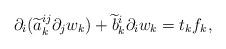
LaTeX: \begin{align*}\partial_i(\widetilde a_k^{ij}\partial_j w_k)+\widetilde b_k^i\partial_i w_k=t_kf_k,\end{align*}